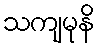
သကျမုနိ